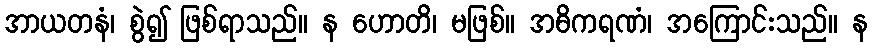
အာယတနံ၊ စွဲ၍ ဖြစ်ရာသည်။ န ဟောတိ၊ မဖြစ်။ အဓိကရဏံ၊ အကြောင်းသည်။ န